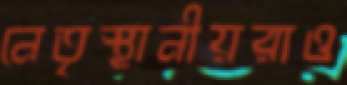
নেতৃস্থানীয়রাও